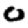
Digit: 0